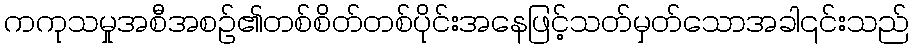
ကကုသမှုအစီအစဉ်၏တစ်စိတ်တစ်ပိုင်းအနေဖြင့်သတ်မှတ်သောအခါ၎င်းသည်